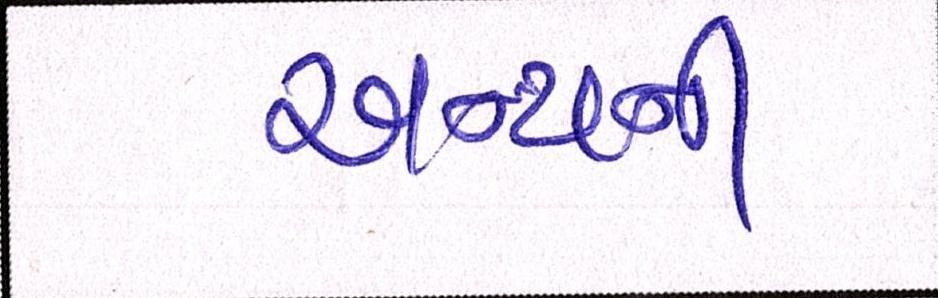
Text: અન્યની